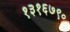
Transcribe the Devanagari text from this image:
१३१६७९०